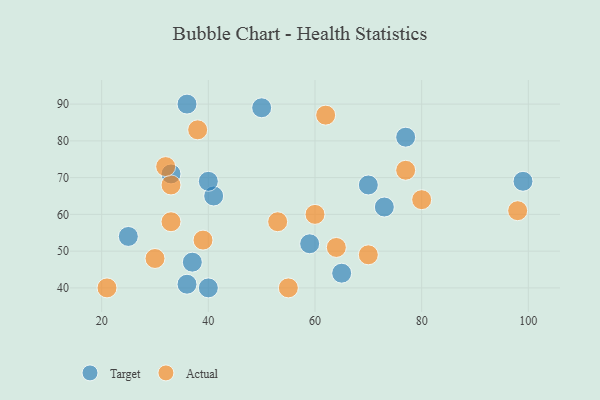
{"axis": {"x": "GDP", "y": "Life Expectancy"}, "legend": ["Actual", "Target"], "data": [{"x": "36", "y": 41, "type": "Target"}, {"x": "40", "y": 40, "type": "Target"}, {"x": "33", "y": 71, "type": "Target"}, {"x": "70", "y": 68, "type": "Target"}, {"x": "59", "y": 52, "type": "Target"}, {"x": "41", "y": 65, "type": "Target"}, {"x": "40", "y": 69, "type": "Target"}, {"x": "99", "y": 69, "type": "Target"}, {"x": "25", "y": 54, "type": "Target"}, {"x": "65", "y": 44, "type": "Target"}, {"x": "50", "y": 89, "type": "Target"}, {"x": "77", "y": 81, "type": "Target"}, {"x": "73", "y": 62, "type": "Target"}, {"x": "37", "y": 47, "type": "Target"}, {"x": "36", "y": 90, "type": "Target"}, {"x": "33", "y": 68, "type": "Actual"}, {"x": "80", "y": 64, "type": "Actual"}, {"x": "53", "y": 58, "type": "Actual"}, {"x": "39", "y": 53, "type": "Actual"}, {"x": "38", "y": 83, "type": "Actual"}, {"x": "64", "y": 51, "type": "Actual"}, {"x": "21", "y": 40, "type": "Actual"}, {"x": "33", "y": 58, "type": "Actual"}, {"x": "77", "y": 72, "type": "Actual"}, {"x": "98", "y": 61, "type": "Actual"}, {"x": "55", "y": 40, "type": "Actual"}, {"x": "30", "y": 48, "type": "Actual"}, {"x": "70", "y": 49, "type": "Actual"}, {"x": "62", "y": 87, "type": "Actual"}, {"x": "60", "y": 60, "type": "Actual"}, {"x": "32", "y": 73, "type": "Actual"}]}